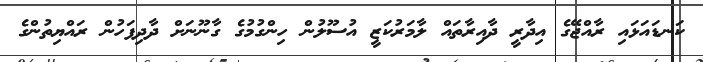
ކަނޑައަޅައި ރާއްޖޭގެ އިދާރީ ދާއިރާތައް ލާމަރުކަޒީ އުސޫލުން ހިންގުމުގެ ގާނޫނަށް ދާދިފަހުން ރައްޔިތުންގެ